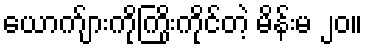
ယောက်ျားကိုကြိုးကိုင်တဲ့ မိန်းမ ၂၀။